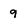
Character: 9